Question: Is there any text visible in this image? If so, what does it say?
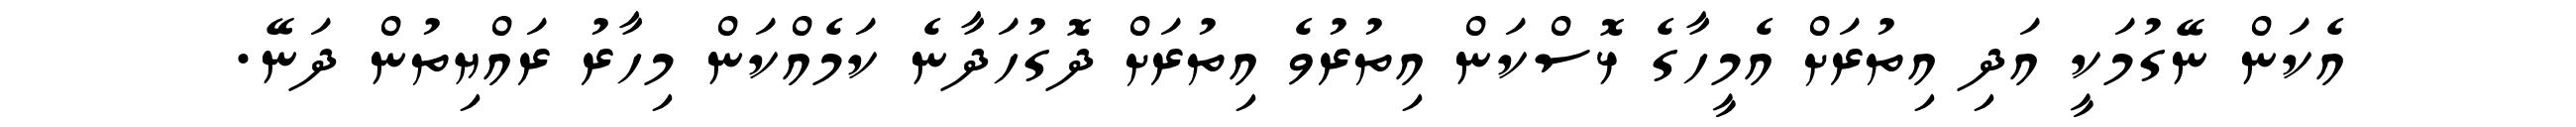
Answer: އެކަން ނޭގުމަކީ އަދި އިތުރަށް އެމީހާގެ ޅޮސްކަން އިތުރުވެ އިތުރަށް ދޮގުހަދާނެ ކަމެއްކަން މިހާރު ރައްޔިތުން ދަނޭ.